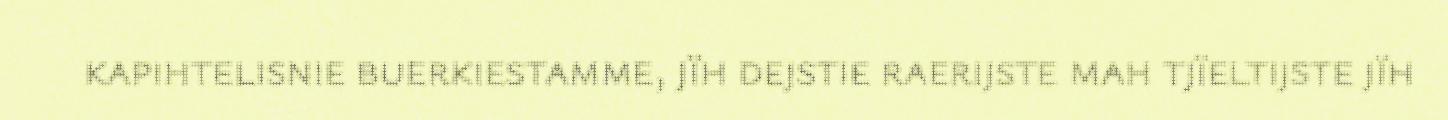
kapihtelisnie buerkiestamme, jïh dejstie raerijste mah tjïeltijste jïh